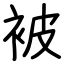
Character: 被